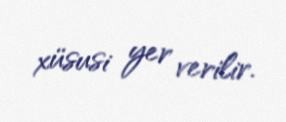
xüsusi yer verilir.